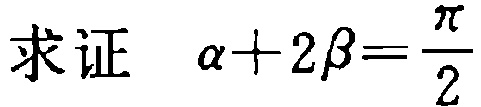
求证 $\alpha + 2\beta=\frac{\pi}{2}$